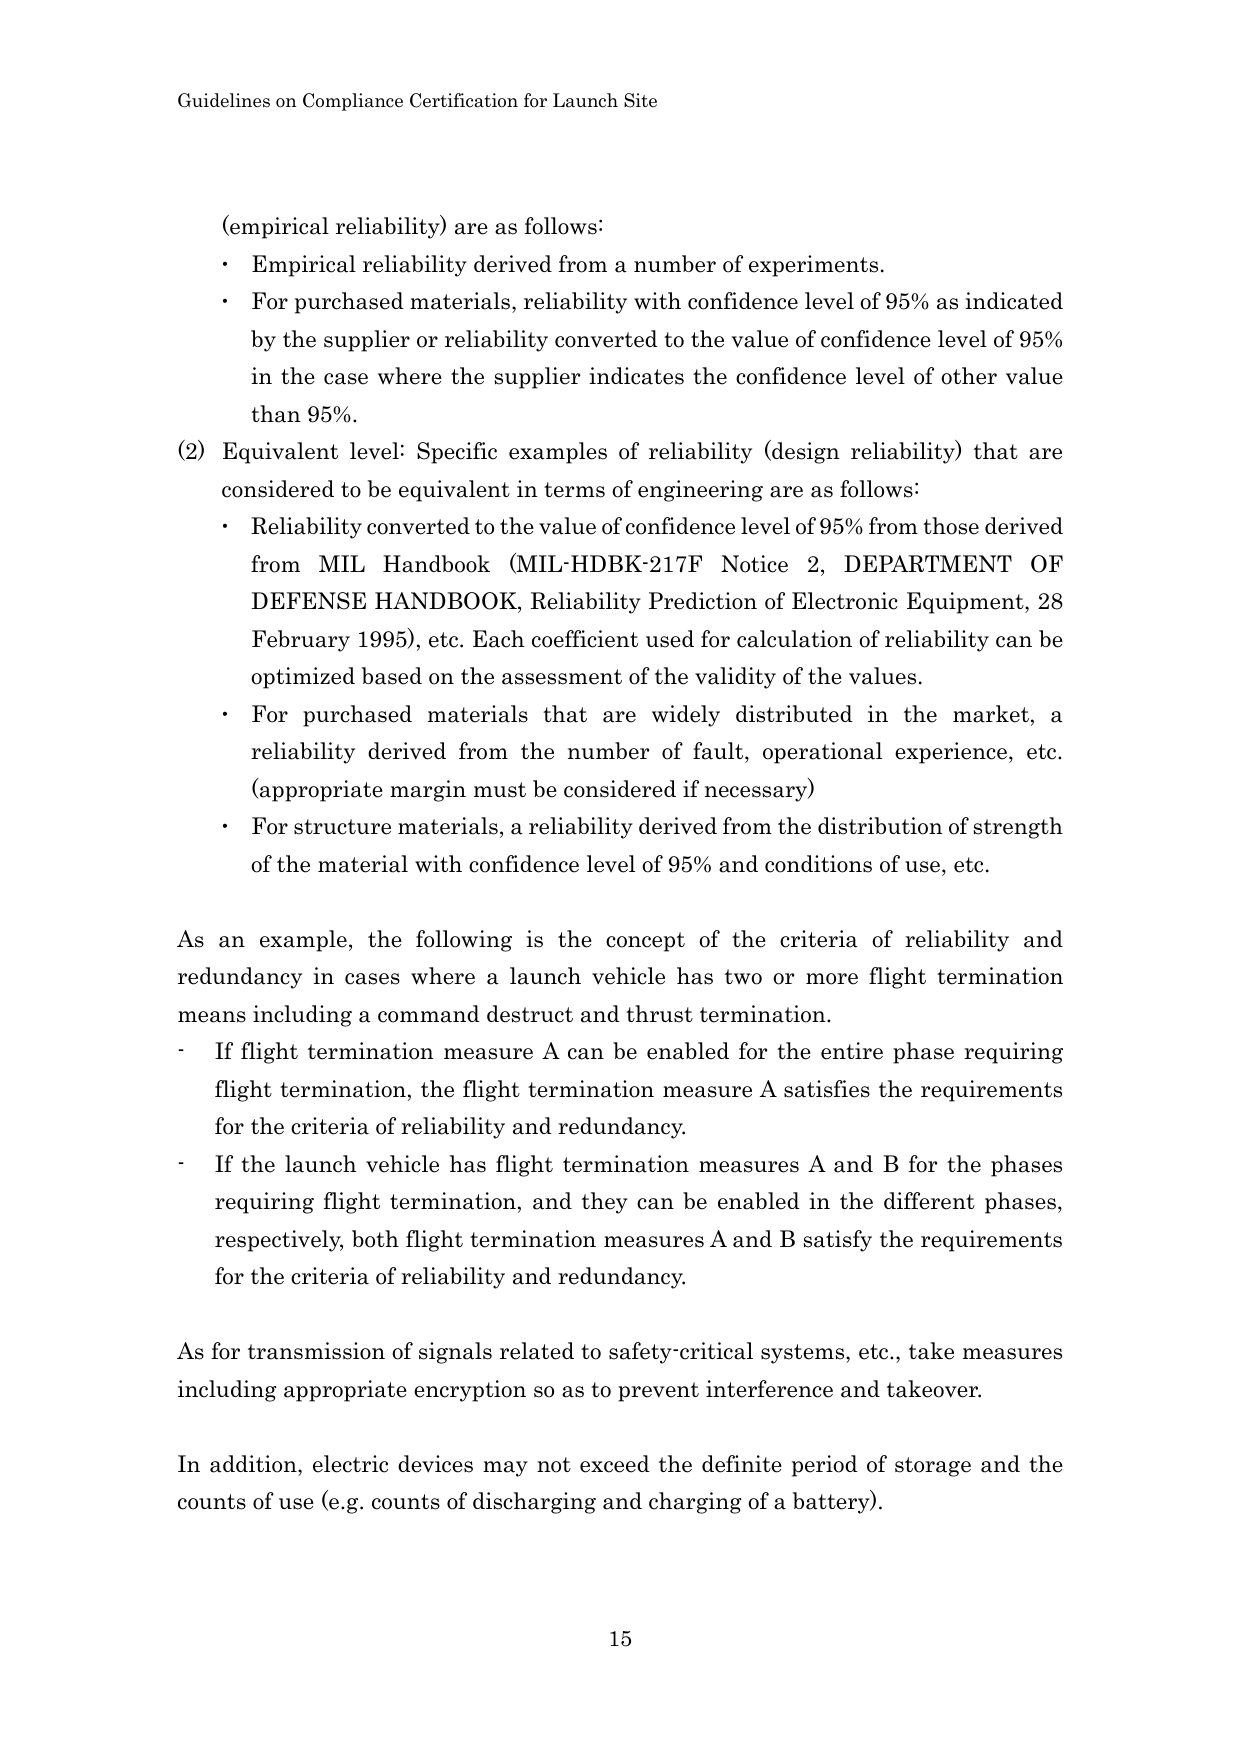
Guidelines on Compliance Certification for Launch Site

(empirical reliability) are as follows:
• Empirical reliability derived from a number of experiments.
• For purchased materials, reliability with confidence level of 95% as indicated by the supplier or reliability converted to the value of confidence level of 95% in the case where the supplier indicates the confidence level of other value than 95%.

(2) Equivalent level: Specific examples of reliability (design reliability) that are considered to be equivalent in terms of engineering are as follows:
• Reliability converted to the value of confidence level of 95% from those derived from MIL Handbook (MIL-HDBK-217F Notice 2, DEPARTMENT OF DEFENSE HANDBOOK, Reliability Prediction of Electronic Equipment, 28 February 1995), etc. Each coefficient used for calculation of reliability can be optimized based on the assessment of the validity of the values.
• For purchased materials that are widely distributed in the market, a reliability derived from the number of fault, operational experience, etc. (appropriate margin must be considered if necessary)
• For structure materials, a reliability derived from the distribution of strength of the material with confidence level of 95% and conditions of use, etc.

As an example, the following is the concept of the criteria of reliability and redundancy in cases where a launch vehicle has two or more flight termination means including a command destruct and thrust termination.
- If flight termination measure A can be enabled for the entire phase requiring flight termination, the flight termination measure A satisfies the requirements for the criteria of reliability and redundancy.
- If the launch vehicle has flight termination measures A and B for the phases requiring flight termination, and they can be enabled in the different phases, respectively, both flight termination measures A and B satisfy the requirements for the criteria of reliability and redundancy.

As for transmission of signals related to safety-critical systems, etc., take measures including appropriate encryption so as to prevent interference and takeover.

In addition, electric devices may not exceed the definite period of storage and the counts of use (e.g. counts of discharging and charging of a battery).

15